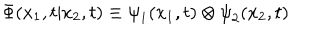
{ \Phi } ( x _ { 1 } , t | x _ { 2 } , t ) \equiv { \psi } _ { 1 } ( x _ { 1 } , t ) \otimes { \psi } _ { 2 } ( x _ { 2 } , t )